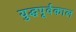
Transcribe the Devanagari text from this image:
युद्धपूर्वकाल